Scottish Leaving Certificate Examination, 1951
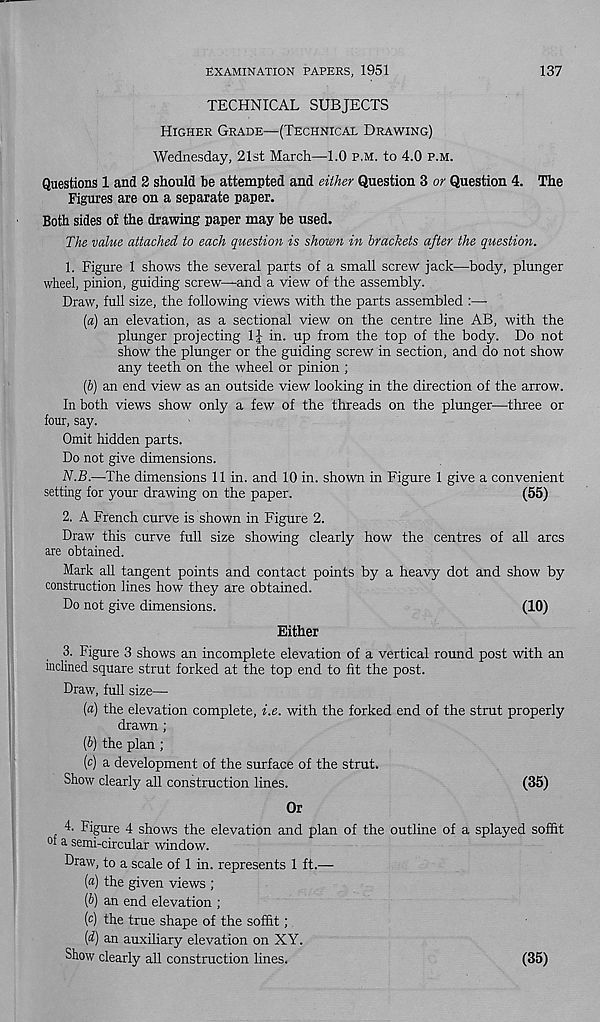
EXAMINATION PAPERS, 1951
137
TECHNICAL SUBJECTS
Higher Grade—(Technical Drawing)
Wednesday, 21st March—1.0 p.m. to 4.0 p.m.
Questions 1 and 2 should be attempted and either Question 3 or Question 4. The
Figures are on a separate paper.
Both sides of the drawing paper may be used.
The value attached to each question is shown in brackets after the question.
1. Figure 1 shows the several parts of a small screw jack—body, plunger
wheel, pinion, guiding screw—and a view of the assembly.
Draw, full size, the following views with the parts assembled :—■
[а) an elevation, as a sectional view on the centre line AB, with the
plunger projecting 1J in. up from the top of the body. Do not
show the plunger or the guiding screw in section, and do not show
any teeth on the wheel or pinion ;
(б) an end view as an outside view looking in the direction of the arrow.
In both views show only a few of the threads on the plunger—three or
four, say.
Omit hidden parts.
Do not give dimensions.
N.B.—The dimensions 11 in. and 10 in. shown in Figure 1 give a convenient
setting for your drawing on the paper.
(55)
2. A French curve is shown in Figure 2.
Draw this curve full size showing clearly how the centres of all arcs
are obtained.
Mark all tangent points and contact points by a heavy dot and show by
construction lines how they are obtained.
Do not give dimensions.
(10)
Either
3. Figure 3 shows an incomplete elevation of a vertical round post with an
inclined square strut forked at the top end to fit the post.
Draw, full size—
(a) the elevation complete, i.e. with the forked end of the strut properly
drawn;
(b) the plan ;
(c) a development of the surface of the strut.
Show clearly all construction lines.
(35)
Or
4. Figure 4 shows the elevation and plan of the outline of a splayed soffit
°f a semi-circular window.
Draw, to a scale of 1 in. represents 1 ft.—
(a) the given views ;
{b) an end elevation ;
(c) the true shape of the soffit;
[d) an auxiliary elevation on XY.
Show clearly all construction lines.
(35)